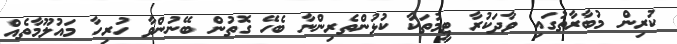
ކުރިން މުބާރާތުގައި ވާދަކުރާ ޓީމުތަކާ ކުޅުންތެރިންނާ ބެހޭ ގޮތުން ބޭނުންވާ ހުރިހާ މައުލޫމާތެއް